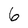
Character: 6